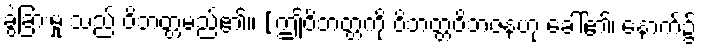
ခွဲခြားမှု သည် ဝိဘတ္တမည်၏။ [ဤဝိဘတ္တကို ဝိဘတ္တဝိဘဇနဟု ခေါ်၏၊ နောက်၌